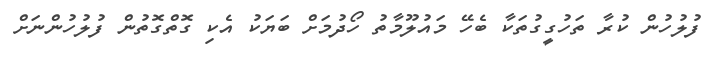
ފުލުހުން ކުރާ ތަހުގީގުތަކާ ބެހޭ މައުލޫމާތު ހޯދުމަށް ބަޔަކު އެކި ގޮތްގޮތުން ފުލުހުންނަށް